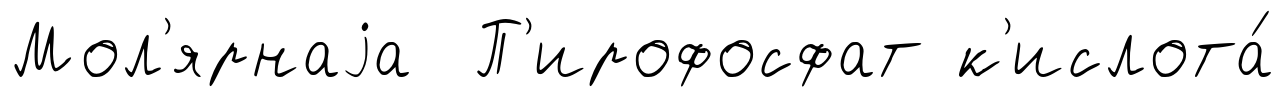
Мол'ярнаjа П'ирофосфат к'ислота́